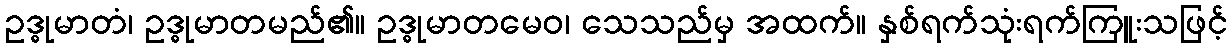
ဥဒ္ဓုမာတံ၊ ဥဒ္ဓုမာတမည်၏။ ဥဒ္ဓုမာတမေဝ၊ သေသည်မှ အထက်။ နှစ်ရက်သုံးရက်ကြူးသဖြင့်